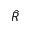
\hat { R }